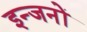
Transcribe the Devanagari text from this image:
इन्जनों